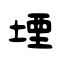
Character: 堙